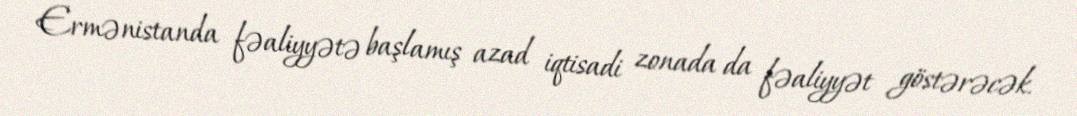
Ermənistanda fəaliyyətə başlamış azad iqtisadi zonada da fəaliyyət göstərəcək.